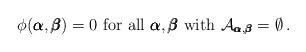
LaTeX: \begin{align*} \phi (\pmb\alpha,\pmb\beta)=0 \mbox{ for all } \pmb\alpha, \pmb\beta \mbox{ with } \mathcal{A}_{\pmb\alpha,\pmb\beta}=\emptyset \,. \end{align*}